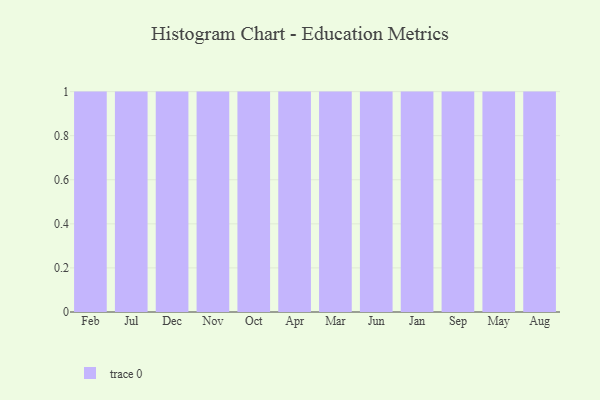
{"axis": {"x": "Month", "y": "Gross Profit (USD K)"}, "legend": [""], "data": [{"x": "Feb", "y": 16, "type": ""}, {"x": "Jul", "y": 86, "type": ""}, {"x": "Dec", "y": 66, "type": ""}, {"x": "Nov", "y": 61, "type": ""}, {"x": "Oct", "y": 27, "type": ""}, {"x": "Apr", "y": 72, "type": ""}, {"x": "Mar", "y": 98, "type": ""}, {"x": "Jun", "y": 87, "type": ""}, {"x": "Jan", "y": 34, "type": ""}, {"x": "Sep", "y": 87, "type": ""}, {"x": "May", "y": 26, "type": ""}, {"x": "Aug", "y": 4, "type": ""}]}